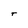
Character: T